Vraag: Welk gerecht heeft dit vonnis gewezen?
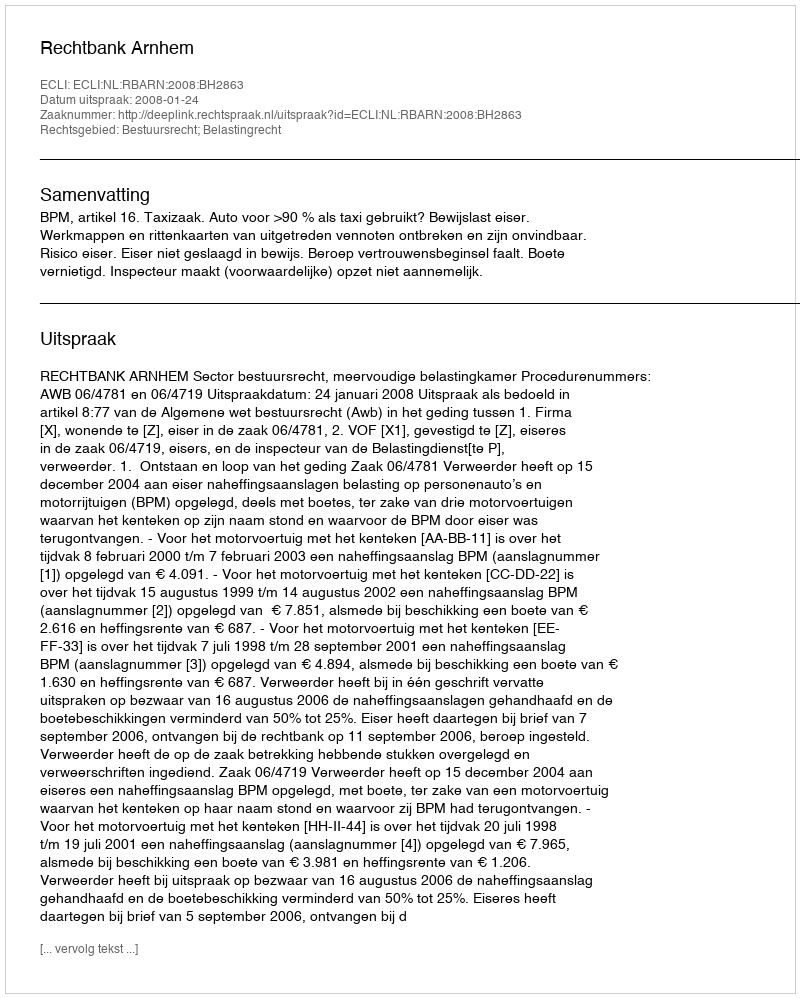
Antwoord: Rechtbank Arnhem